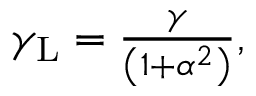
\begin{array} { r } { \gamma _ { \mathrm { L } } = \frac { \gamma } { \left( 1 + \alpha ^ { 2 } \right) } , } \end{array}